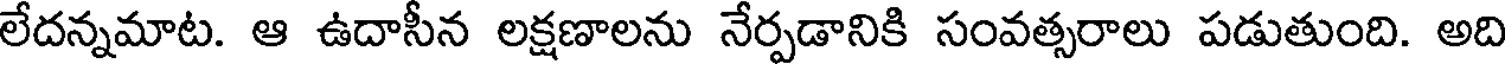
లేదన్నమాట. ఆ ఉదాసీన లక్షణాలను నేర్పడానికి సంవత్సరాలు పడుతుంది. అది